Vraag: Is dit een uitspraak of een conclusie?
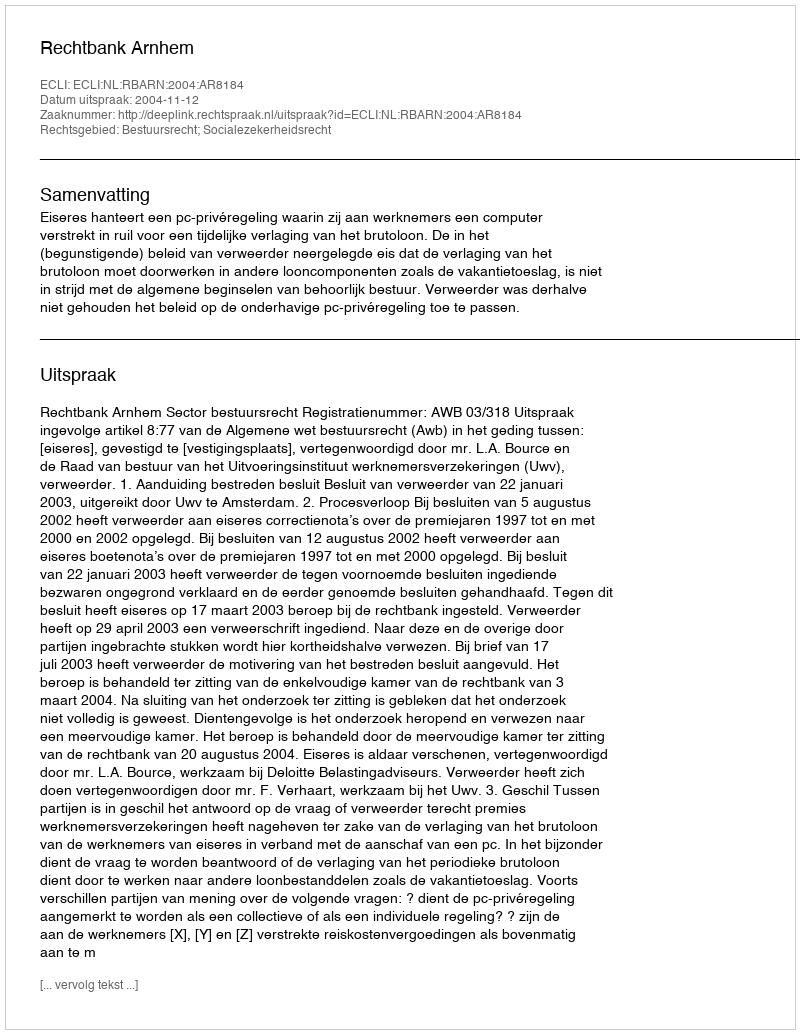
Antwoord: Uitspraak